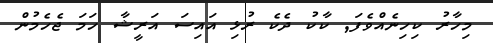
މިހާރު ކިހިނެއްވެފަ